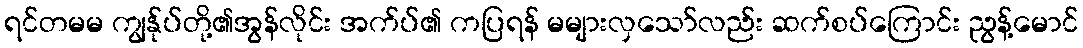
ရင်တမမ ကျွန်ုပ်တို့၏အွန်လိုင်း အက်ပ်၏ ကပြရန် မများလှသော်လည်း ဆက်စပ်ကြောင်း ညွန့်မောင်